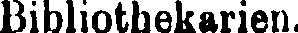
Bibliotbekarien.